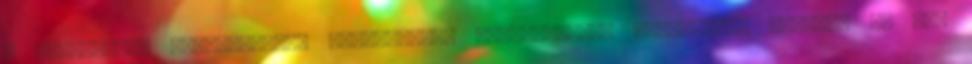
a Bürokraták üzenőfalának Jogosultság visszavonása Requesting removal of bit